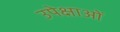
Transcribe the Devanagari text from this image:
उपेक्षाओं